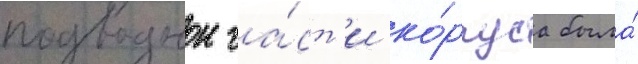
подводнои ча́ст'и ко́рпуса была́